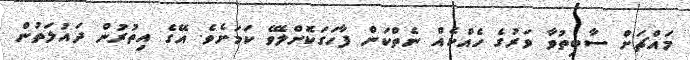
މައްޗަށް ސާބިތުވާ ވަރުގެ ހެއްކެއް ނެތްކަން ފާހަގަކޮށްލެވޭ ކަމަށެވެ. އޭގެ އިތުރުން ދައުލަތުން